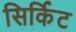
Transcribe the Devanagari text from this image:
सिर्किट